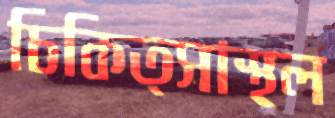
চিকিত্সাস্থল